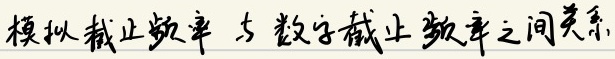
模拟截止频率 与 数字截止频率之间关系